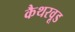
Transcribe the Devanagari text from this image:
कैथरवूड